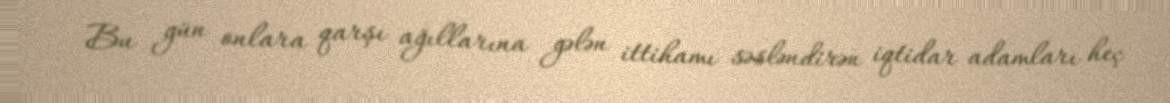
Bu gün onlara qarşı ağıllarına gələn ittihamı səsləndirən iqtidar adamları heç